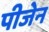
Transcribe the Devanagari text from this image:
पीजेन